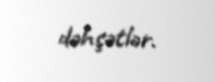
dəhşətlər.